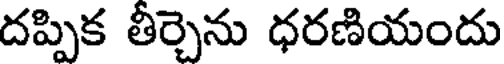
దప్పిక తీర్చెను ధరణియందు